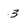
Character: 3